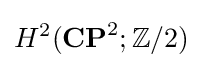
H^{2}(\mathbf {CP} ^{2};\mathbb {Z} /2)